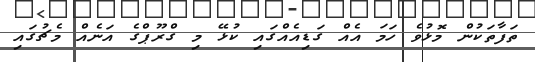
ތަފާތަކުން މޮޅުވެ ހަމަ އެއް ގަޑިއެއްގައި ކުޅޭ މި ގްރޫޕްގެ އަނެއް މެޗުގައި